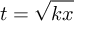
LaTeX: t = { \sqrt { k x } }